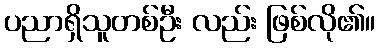
ပညာရှိသူတစ်ဦး လည်း ဖြစ်လို၏။